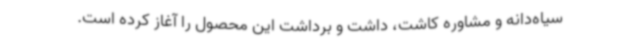
سیاه‌دانه و مشاوره کاشت، داشت و برداشت این محصول را آغاز کرده است.